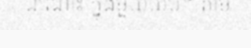
ឯណោះ ក្នុងមួយយប់។ តាម